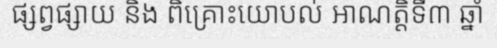
ផ្សព្វផ្សាយ និង ពិគ្រោះយោបល់ អាណត្តិទី៣ ឆ្នាំ